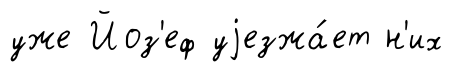
уже Йоз'еф уjезжа́ет н'их